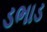
ડભાડ